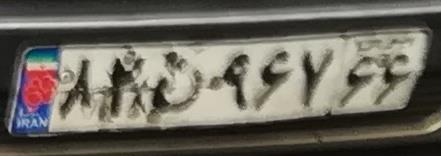
۸۲ن۹۶۷۶۶